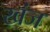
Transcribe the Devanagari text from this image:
खंज